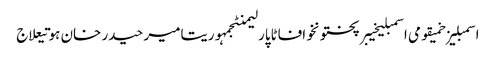
اسمبلیزخمیقومی اسمبلیخیبرپختونخوافاٹاپارلیمنٹجمہوریتامیر حیدر خان ہوتیعلاج